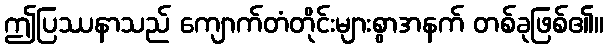
ဤပြဿနာသည် ကျောက်တံတိုင်းများစွာအနက် တစ်ခုဖြစ်၏။